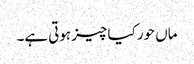
ماں حور کیا چیز ہوتی ہے۔